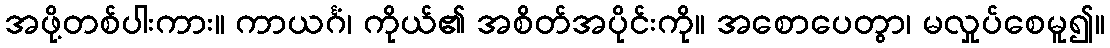
အဖို့တစ်ပါးကား။ ကာယင်္ဂံ၊ ကိုယ်၏ အစိတ်အပိုင်းကို။ အစောပေတွာ၊ မလှုပ်စေမူ၍။